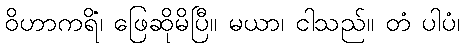
ဝိဟာကရိံ၊ ဖြေဆိုမိပြီ။ မယာ၊ ငါသည်။ တံ ပါပံ၊